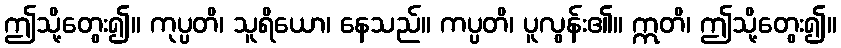
ဤသို့တွေး၍။ ကုပ္ပတိ၊ သူရိယော၊ နေသည်။ ကပ္ပတိ၊ ပူလွန်း၏။ ဣတိ၊ ဤသို့တွေး၍။